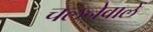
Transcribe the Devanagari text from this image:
चलनेवालें